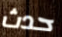
حدث